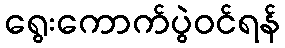
ရွေးကောက်ပွဲဝင်ရန်